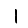
Digit: 1